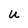
Character: U